Leaving Certificate, 1898
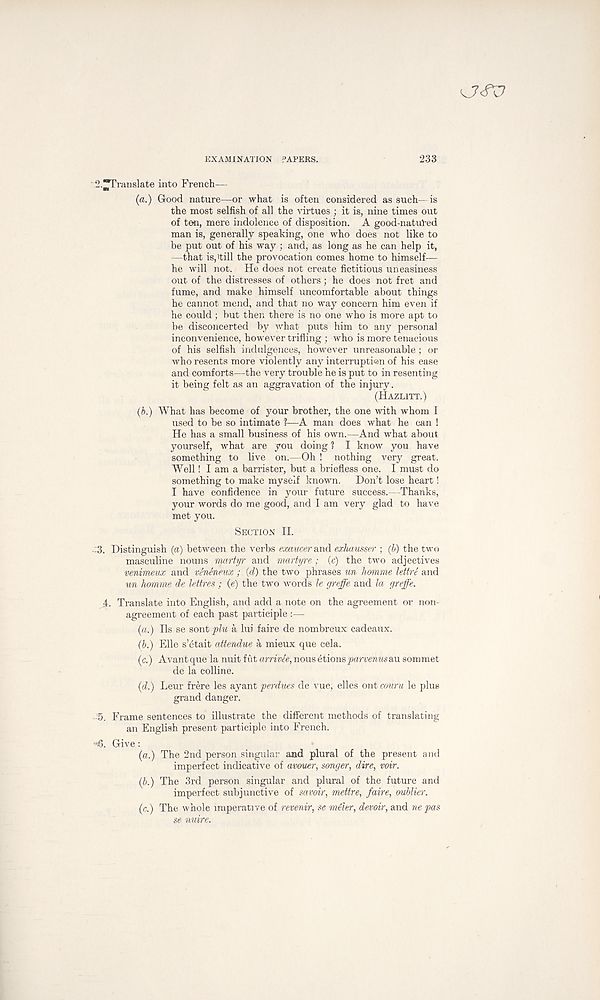
EXAMINATION PAPERS.
233
2.
^Translate into French—
(a.) Good nature—or what is often considered as such— is
the most selfish of all the virtues ; it is, nine times out
of ten, mere indolence of disposition. A good-natuTed
man is, generally speaking, one who does not like to
be put out of his way ; and, as long as he can help it,
—that is,'till the provocation comes home to himself—
he will not. He does not create fictitious uneasiness
out of the distresses of others; he does not fret and
fume, and make himself uncomfortable about things
he cannot mend, and that no way concern him even if
he could; but then there is no one who is more apt to
be disconcerted by what puts him to any personal
inconvenience, however trifling ; who is more tenacious
of his selfish indulgences, however unreasonable; or
who resents more violently any interruption of his ease
and comforts—the very trouble he is put to in resenting
it being felt as an aggravation of the injury.
(HAZLITT.)
(b.) What has become of your brother, the one with whom I
used to be so intimate 1—A man does what he can !
He has a small business of his own.—And what about
yourself, what are you doing ? I know you have
something to live on.—Oh ! nothing very great.
Well! I am a barrister, but a briefless one. I must do
something to make myself known.
Don’t lose heart!
I have confidence in your future success.—Thanks,
your words do me good, and I am very glad to have
met you.
SECTION II.
3. Distinguish (a) between the verbs emucer and exhausser ; (b) the two
masculine nouns martyr and martyre ; (c) the two adjectives
venimeux and veneneux ; (d) the two phrases un homme lettre and
un homme de lettres ; (e) the two words le greffe and la greffe.
.4. Translate into English, and add a note on the agreement or non-
agreement of each past participle :—
(a.) Ils se sont plu a lui faire de nombreux cadeaux.
(b.) Elle s’etait attendue a mieux que cela.
(c.) Avantque la nuit fut arrivee, nousetionsparvenusau sommet
de la colline.
(d.) Leur frere les ayant perdues de vue, elles ont couru le plus
grand danger.
■ 5. Frame sentences to illustrate the different methods of translating
an English present participle into French.
•><6. Give :
(a.) The 2nd person singular and plural of the present and
imperfect indicative of avouer, songer, dire, voir.
(b.) The 3rd person singular and plural of the future and
imperfect subjunctive of savoir, mettre, faire, oublier.
(c.) The whole imperative of revenir, se meler, devoir, and ne pas
se nuire.